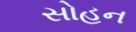
સોહન